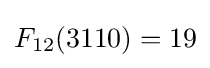
F_{12}(3110)=19